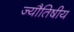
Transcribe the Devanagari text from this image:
ज्यौतिषीय